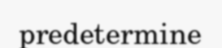
predetermine